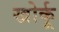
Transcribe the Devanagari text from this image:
खोर्कू